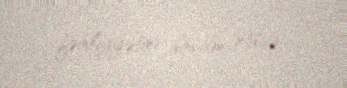
fəaliyyətini davam etdirir.